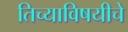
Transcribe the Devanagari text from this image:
तिच्याविषयीचे